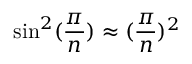
\sin ^ { 2 } ( \frac { \pi } { n } ) \approx ( \frac { \pi } { n } ) ^ { 2 }